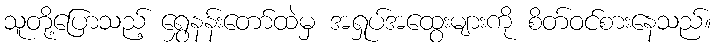
သူတို့ပြောသည့် ရွှေနန်းတော်ထဲမှ အရှုပ်အထွေးများကို စိတ်ဝင်စားနေသည်။